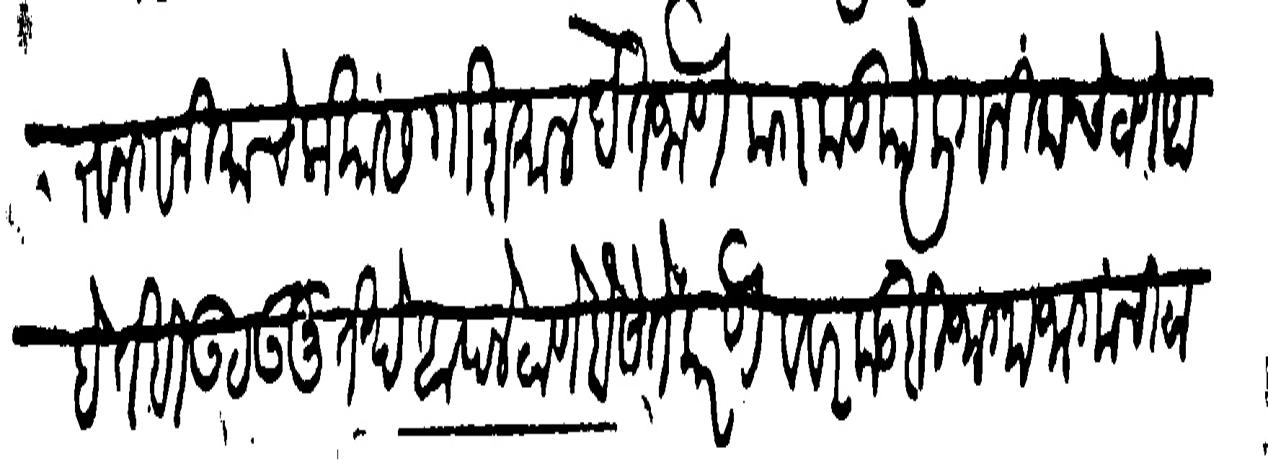
Transliteration (Devanagari): करून गनिमाचे लोकांस गोशमाल देत जाणे काा कडकोली गनिमाचे ठाणे आहे तेही उठऊन तेथे आपले ठाणे बैसे ते करणे व वरकडही जागाजागांची ठा